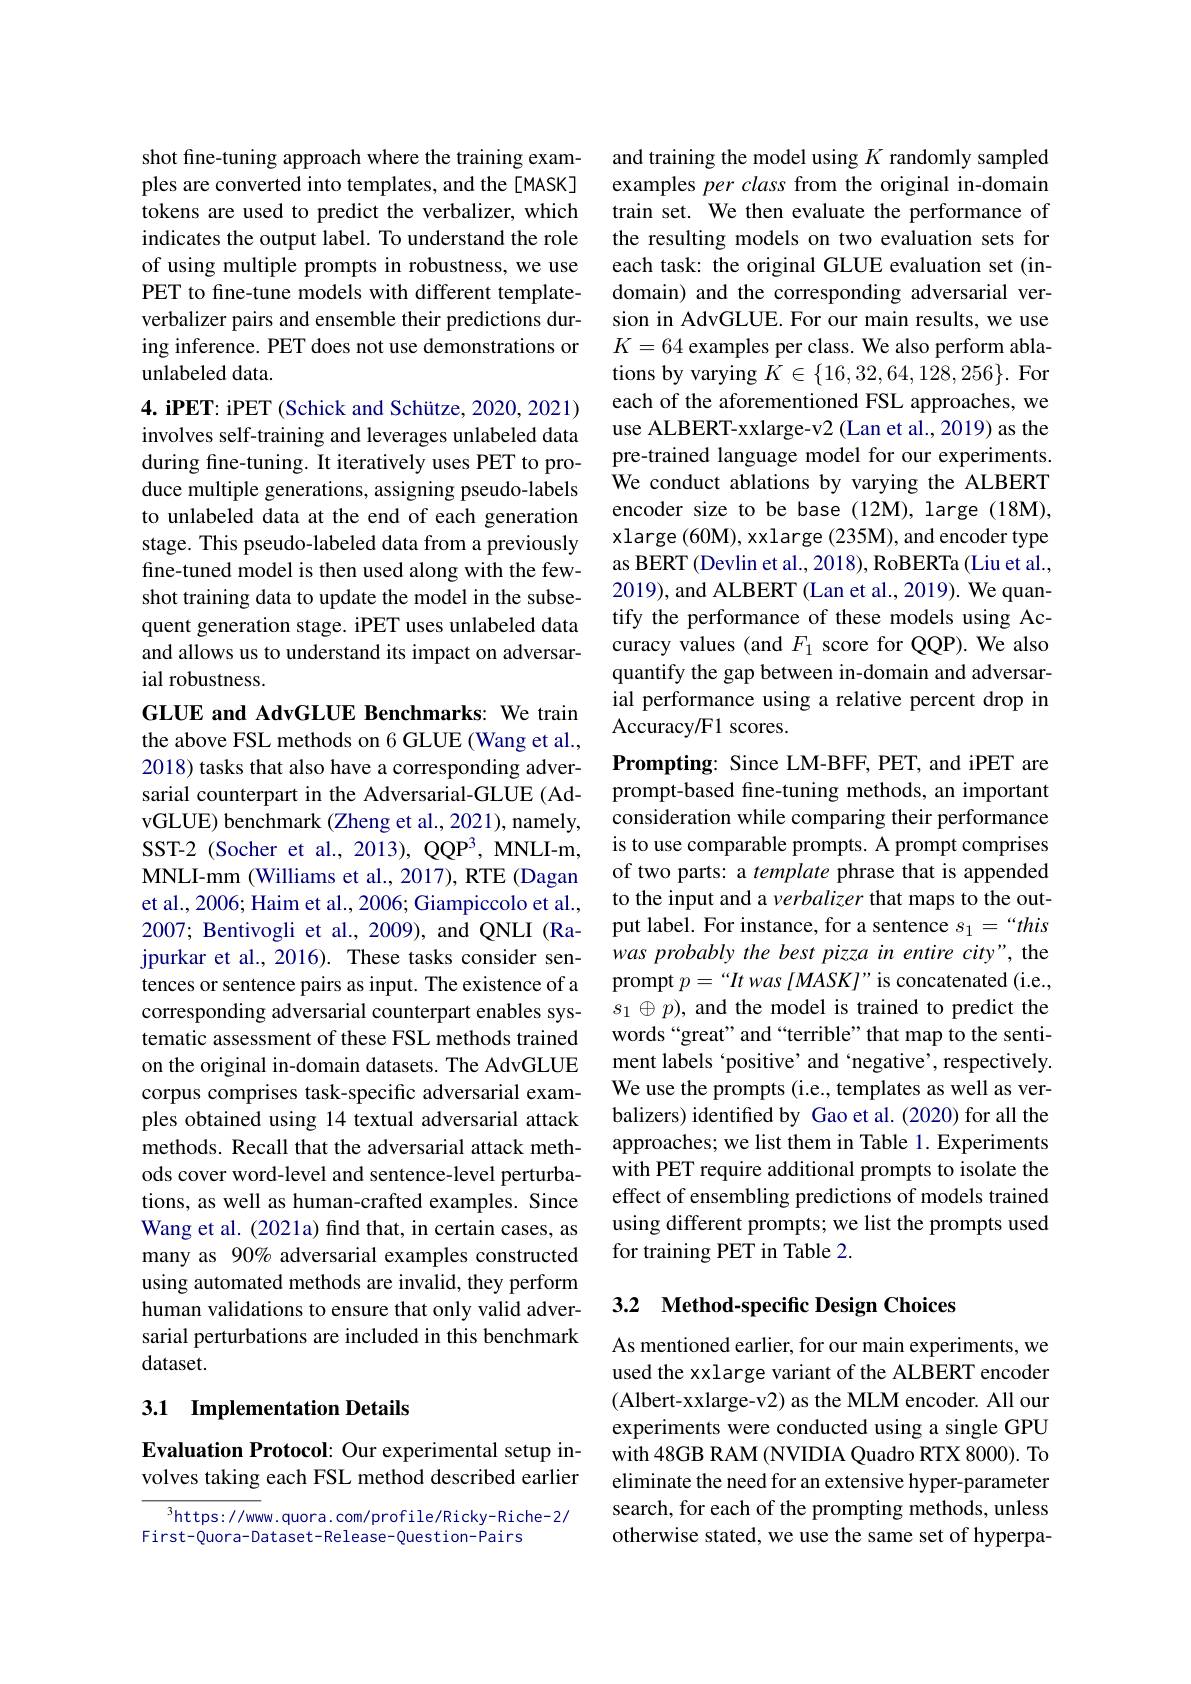
shot fine-tuning approach where the training examples are converted into templates, and the[MASK] tokens are used to predict the verbalizer, which indicates the output label. To understand the role of using multiple prompts in robustness, we use PET to fine-tune models with different templateverbalizer pairs and ensemble their predictions during inference. PET does not use demonstrations or unlabeled data.
4. iPET: iPET (Schick and Schütze, 2020, 2021) involves self-training and leverages unlabeled data during fine-tuning. It iteratively uses PET to produce multiple generations, assigning pseudo-labels to unlabeled data at the end of each generation stage. This pseudo-labeled data from a previously fine-tuned model is then used along with the fewshot training data to update the model in the subsequent generation stage. iPET uses unlabeled data and allows us to understand its impact on adversarial robustness.

GLUE and AdvGLUE Benchmarks: We train the above FSL methods on 6 GLUE (Wang et al., 2018) tasks that also have a corresponding adversarial counterpart in the Adversarial-GLUE (AdvGLUE) benchmark (Zheng et al., 2021), namely, SST-2 (Socher et al., 2013), QQP3, MNLI-m, MNLI-mm (Williams et al., 2017), RTE (Dagan et al., 2006; Haim et al., 2006; Giampiccolo et al., 2007; Bentivogli et al., 2009), and QNLI (Rajpurkar et al., 2016). These tasks consider sentences or sentence pairs as input. The existence of a corresponding adversarial counterpart enables systematic assessment of these FSL methods trained on the original in-domain datasets. The AdvGLUE corpus comprises task-specific adversarial examples obtained using 14 textual adversarial attack methods. Recall that the adversarial attack methods cover word-level and sentence-level perturbations, as well as human-crafted examples. Since Wang et al. (2021a) find that, in certain cases, as many as 90% adversarial examples constructed using automated methods are invalid, they perform human validations to ensure that only valid adversarial perturbations are included in this benchmark dataset.

### 3.1 Implementation Details

Evaluation Protocol: Our experimental setup involves taking each FSL method described earlier

$^{3}$https://www.quora.com/profile/Ricky-Riche-2/
First-Quora-Dataset-Release-Question-Pairs

and training the model using $K$ randomly sampled examples per class from the original in-domain train set. We then evaluate the performance of the resulting models on two evaluation sets for each task: the original GLUE evaluation set (indomain) and the corresponding adversarial version in AdvGLUE. For our main results, we use $K=64$ examples per class. We also perform ablations by varying $K\in\{16,32,64,128,256\}.$ For each of the aforementioned FSL approaches, we use ALBERT-xxlarge-v2 (Lan et al., 2019) as the pre-trained language model for our experiments. We conduct ablations by varying the ALBERT encoder size to be base (12M), large (18M), xlarge (60M), xxlarge (235M), and encoder type as BERT (Devlin et al., 2018), RoBERTa (Liu et al., 2019), and ALBERT (Lan et al., 2019). We quantify the performance of these models using Accuracy values (and $F_1$ score for QQP). We also quantify the gap between in-domain and adversarial performance using a relative percent drop in Accuracy/F1 scores.
Prompting: Since LM-BFF, PET, and iPET are prompt-based fine-tuning methods, an important consideration while comparing their performance is to use comparable prompts. A prompt comprises of two parts: a template phrase that is appended to the input and a verbalizer that maps to the output label. For instance, for a sentence $s_1=“this$ was probably the best pizza in entire city", the prompt $p=“It$ was [MASK]”is concatenated (i.e., $s_1\oplus p)$, and the model is trained to predict the words“great”and“terrible”that map to the sentiment labels `positive' and‘negative’, respectively. We use the prompts (i.e., templates as well as verbalizers) identified by Gao et al.(2020) for all the approaches; we list them in Table 1. Experiments with PET require additional prompts to isolate the effect of ensembling predictions of models trained using different prompts; we list the prompts used for training PET in Table 2.

## 3.2 Method-specific Design Choices

As mentioned earlier, for our main experiments, we used the xxlarge variant of the ALBERT encoder (Albert-xxlarge-v2) as the MLM encoder. All our experiments were conducted using a single GPU with 48GB RAM (NVIDIA Quadro RTX 8000). To eliminate the need for an extensive hyper-parameter search, for each of the prompting methods, unless otherwise stated, we use the same set of hyperpa-